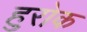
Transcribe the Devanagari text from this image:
हुरोक